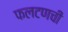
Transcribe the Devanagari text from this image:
फलटणची